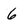
Character: 6